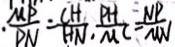
\frac { M P } { P N } = \frac { C H } { H N } \cdot \frac { P H } { M C } = \frac { N P } { M N }